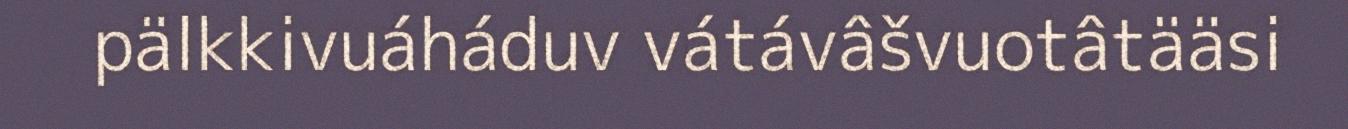
pälkkivuáháduv vátávâšvuotâtääsi